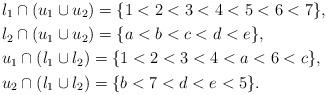
LaTeX: \begin{align*}& l_1\cap (u_1 \cup u_2)=\{1<2<3<4<5<6<7\},\\& l_2\cap (u_1 \cup u_2)=\{a<b<c<d<e\}, \\& u_1\cap (l_1 \cup l_2)=\{1<2<3<4<a<6<c\}, \\& u_2\cap (l_1 \cup l_2)=\{b<7<d<e<5\}.\end{align*}